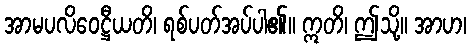
အာမပလိဝေဋ္ဌီယတိ၊ ရစ်ပတ်အပ်ပါ၏။ ဣတိ၊ ဤသို့။ အာဟ၊